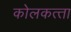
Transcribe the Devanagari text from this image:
कोलकत्‍ता